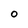
Character: O